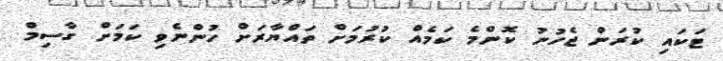
ޓަކައި ކުރަން ޖެހުނު ކޮންމެ ކަމެއް ކުރުމަށް ތައްޔާރަށް ހުންނެވި ކަމަށް ގާސިމް